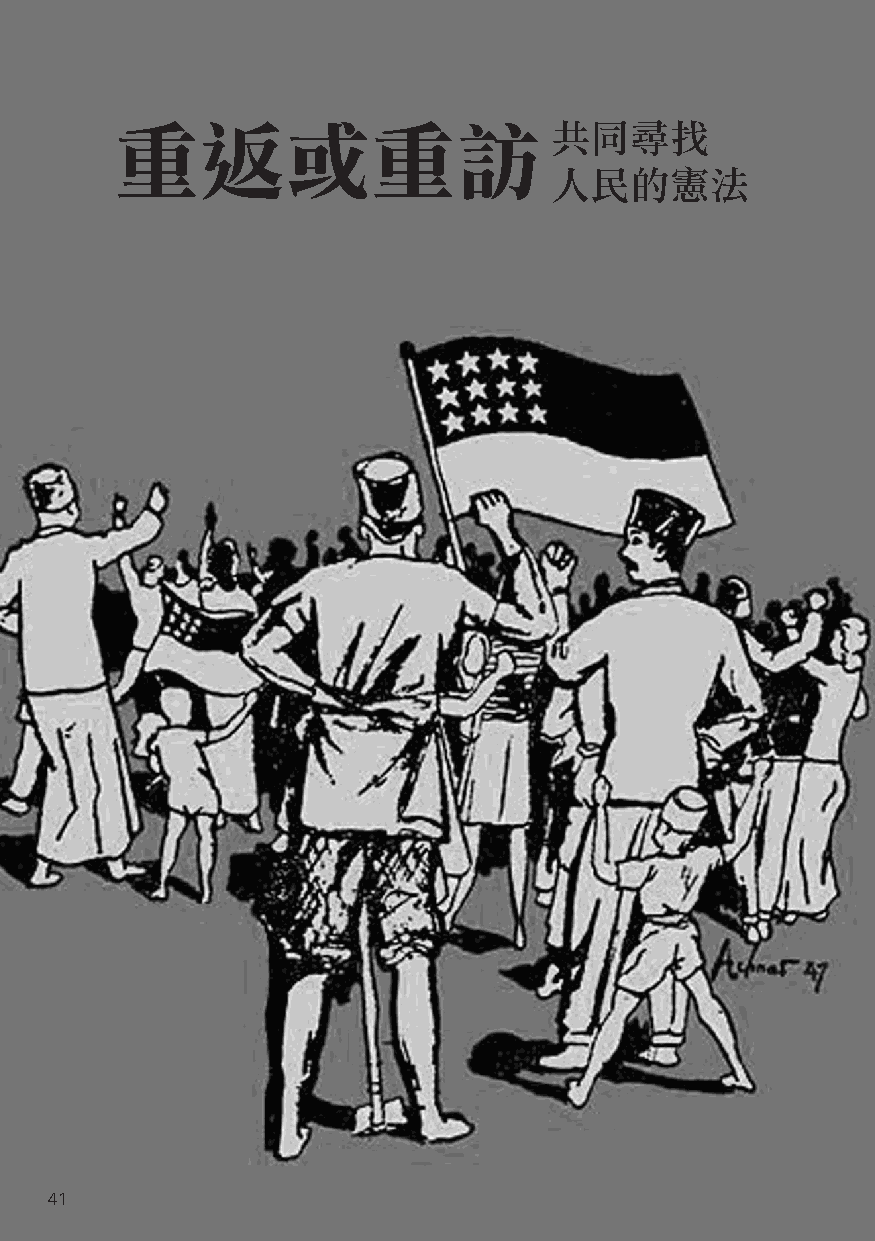
重返或重訪                       共同尋找
 人民的憲法
 41